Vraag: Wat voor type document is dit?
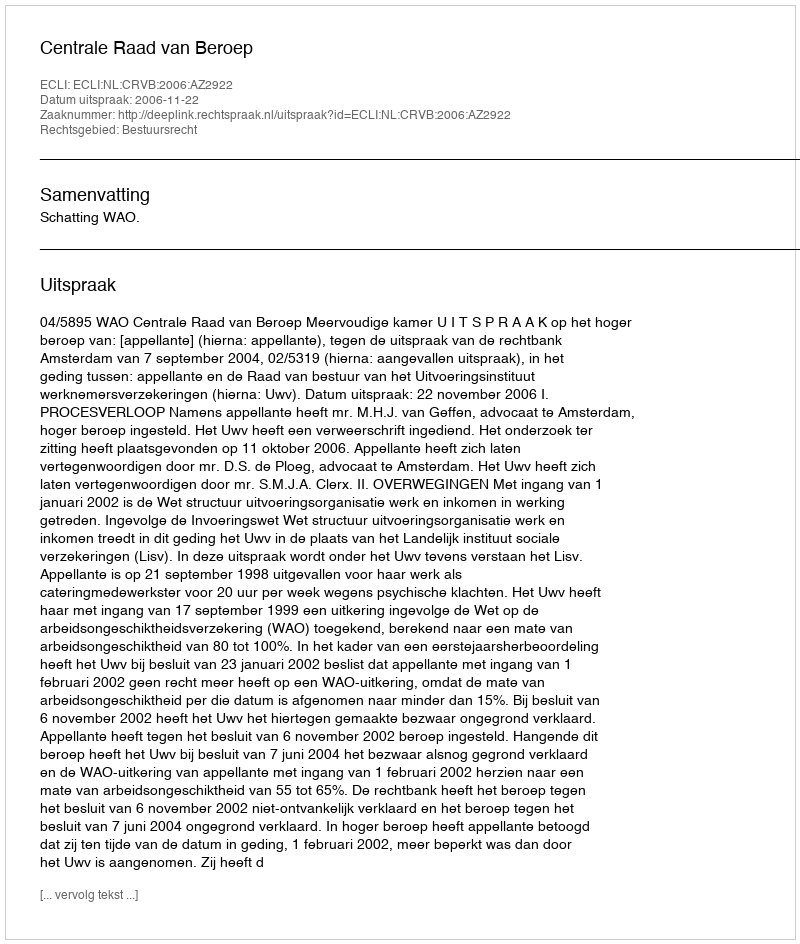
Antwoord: Uitspraak